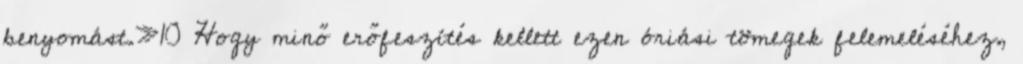
benyomást.»10 Hogy minő erőfeszítés kellett ezen óriási tömegek felemeléséhez,